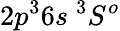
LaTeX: {2p^{3}6s~^{3}S^{o}}